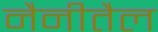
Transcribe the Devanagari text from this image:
नैनीतैल